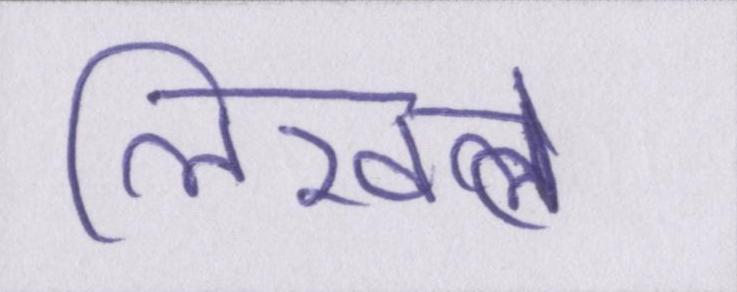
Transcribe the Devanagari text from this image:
लिखते